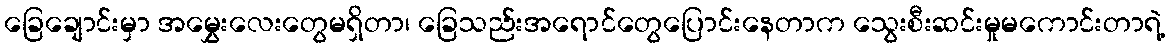
ခြေချောင်းမှာ အမွှေးလေးတွေမရှိတာ၊ ခြေသည်းအရောင်တွေပြောင်းနေတာက သွေးစီးဆင်းမှုမကောင်းတာရဲ့